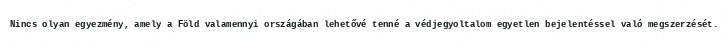
Nincs olyan egyezmény, amely a Föld valamennyi országában lehetővé tenné a védjegyoltalom egyetlen bejelentéssel való megszerzését.